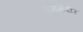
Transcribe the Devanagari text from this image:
रंगमंदीर